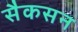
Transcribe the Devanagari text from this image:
सैकसन